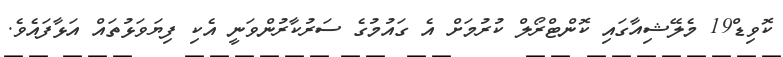
ކޮވިޑް19 މެލޭޝިއާގައި ކޮންޓްރޯލް ކުރުމަށް އެ ގައުމުގެ ސަރުކާރުންވަނީ އެކި ފިޔަވަޅުތައް އަޅާފައެވެ.